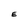
Character: E